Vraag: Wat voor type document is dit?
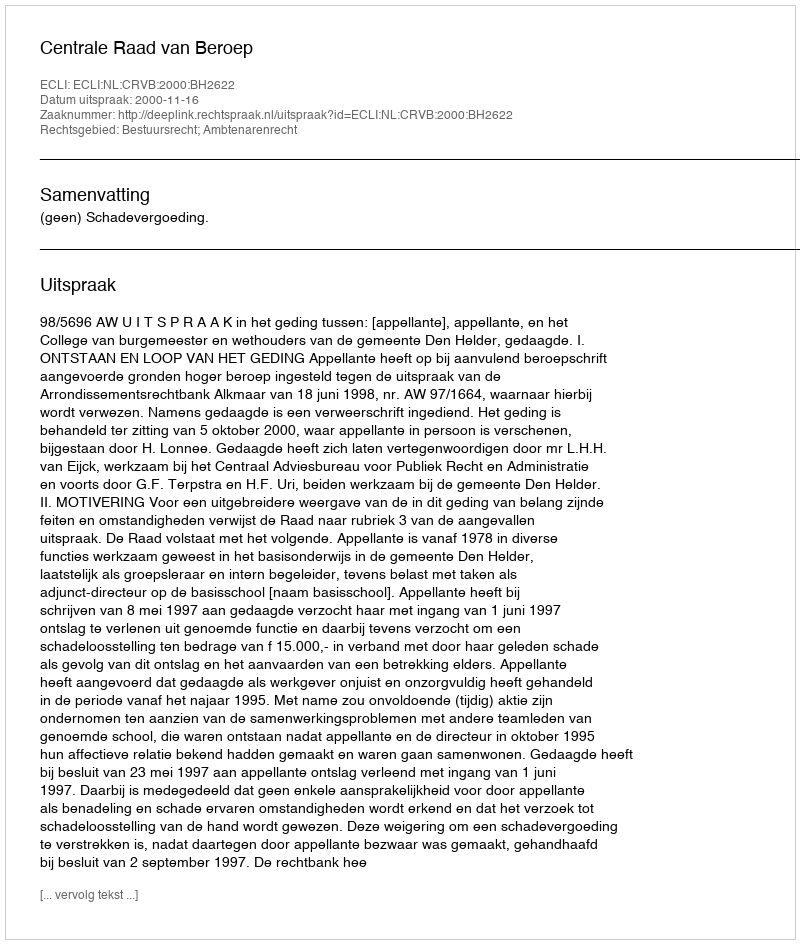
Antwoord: Uitspraak